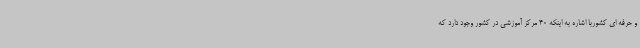
و حرفه ای کشوربا اشاره به اینکه 40 مرکز آموزشی در کشور وجود دارد که